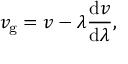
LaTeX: v _ { \mathrm { g } } = v - \lambda { \frac { \mathrm { d } v } { \mathrm { d } \lambda } } ,